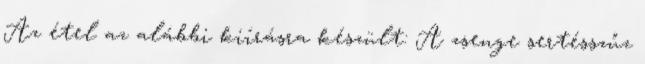
Az étel az alábbi kiírásra készült: A zsenge sertésszűz